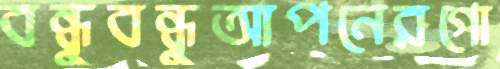
বন্ধুবন্ধুআপনেরগো